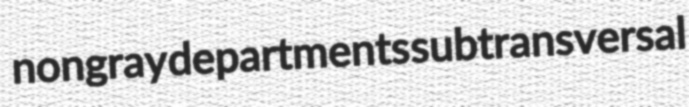
nongray departments subtransversal